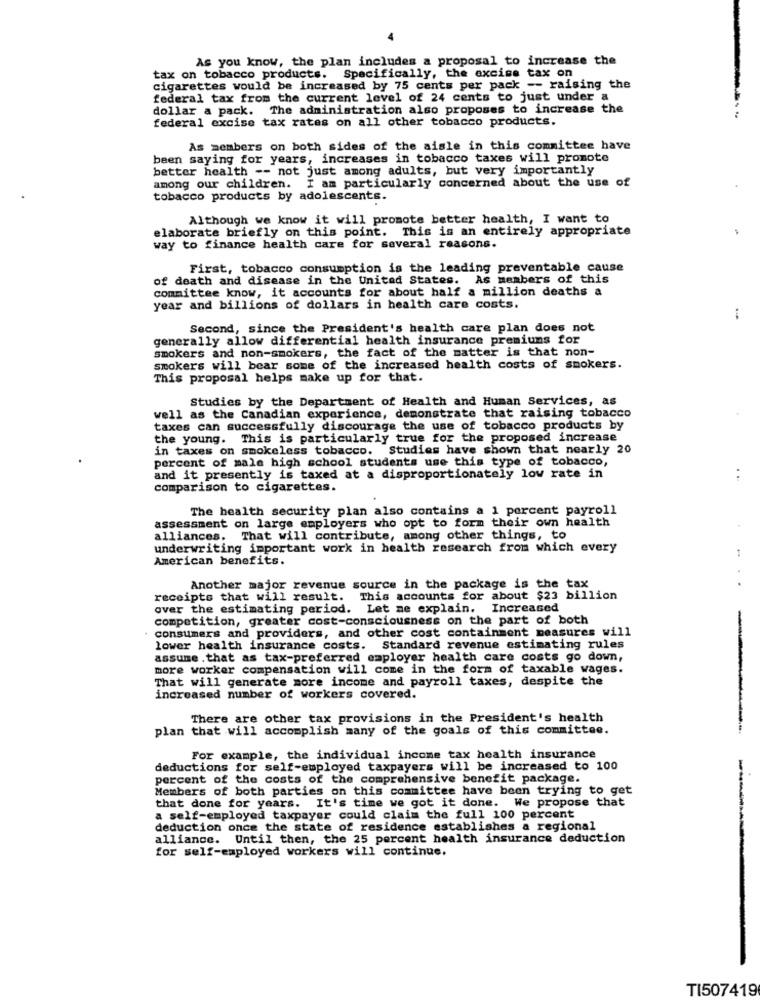
As you know, the plan includes a proposal to increase the
tax on tobacco products. Specifically, the excise tax on
cigarettes would be increased by 75 cents per pack -- raising the
federal tax from the current level of 24 cents to just under a
dollar a pack. The administration also proposes to increase the
federal excise tax rates on all other tobacco products.
As members on both sides of the aisle in this committee have
been saying for years, increases in tobacco taxes will promote
better health -- not just among adults, but very importantly
among our children. I am particularly concerned about the use of
tobacco products by adolescents.
Although we know it will promote better health, I want to
elaborate briefly on this point. This is an entirely appropriate
way to finance health care for several reasons.
First, tobacco consumption is the leading preventable cause
of death and disease in the United States. As members of this
committee know, it accounts for about half a million deaths a
year and billions of dollars in health care costs.
Second, since the President's health care plan does not
generally allow differential health insurance premiums for
smokers and non-smokers, the fact of the matter is that non-
smokers will bear some of the increased health costs of smokers.
This proposal helps make up for that.
Studies by the Department of Health and Human Services, as
well as the Canadian experience, demonstrate that raising tobacco
taxes can successfully discourage the use of tobacco products by
the young. This is particularly true for the proposed increase
in taxes on smokeless tobacco. Studies have shown that nearly 20
percent of male high school students use this type of tobacco,
and it presently is taxed at a disproportionately low rate in
..
comparison to cigarettes.
The health security plan also contains a 1 percent payroll
assessment on large employers who opt to form their own health
alliances. That will contribute, among other things, to
underwriting important work in health research from which every
American benefits.
Another major revenue source in the package is the tax
..
receipts that will result. This accounts for about $23 billion
over the estimating period. Let me explain. Increased
competition, greater cost-consciousness on the part of both
consumers and providers, and other cost containment measures will
lower health insurance costs. Standard revenue estimating rules
assume .that as tax-preferred employer health care costs go down,
more worker compensation will come in the form of taxable wages.
That will generate more income and payroll taxes, despite the
increased number of workers covered.
There are other tax provisions in the President's health
plan that will accomplish many of the goals of this committee.
For example, the individual income tax health insurance
deductions for self-employed taxpayers will be increased to 100
percent of the costs of the comprehensive benefit package.
Members of both parties on this committee have been trying to get
that done for years. It's time we got it done. We propose that
a self-employed taxpayer could claim the full 100 percent
deduction once the state of residence establishes a regional
alliance. Until then, the 25 percent health insurance deduction
for self-employed workers will continue.
TI507419